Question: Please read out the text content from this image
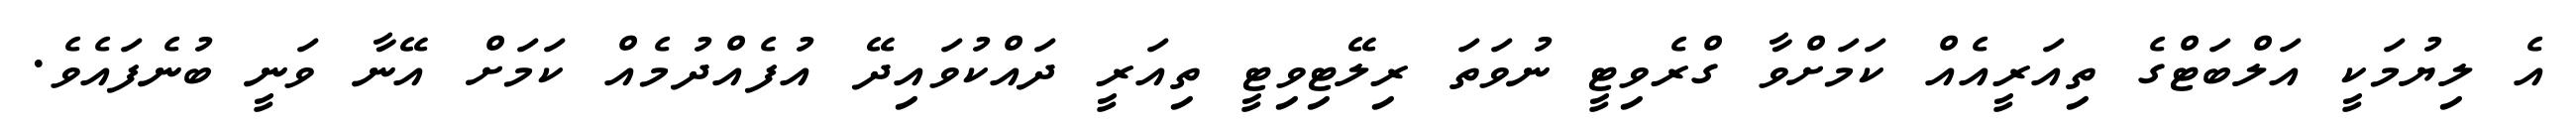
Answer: އެ ލިޔުމަކީ އަލްބަޓްގެ ތިއަރީއެއް ކަމަށްވާ ގްރެވިޓީ ނުވަތަ ރިލޭޓިވިޓީ ތިއަރީ ދައްކުވައިދޭ އުފެއްދުމެއް ކަމަށް އޭނާ ވަނީ ބުނެފައެވެ.